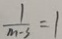
\frac { 1 } { m - 3 } = 1